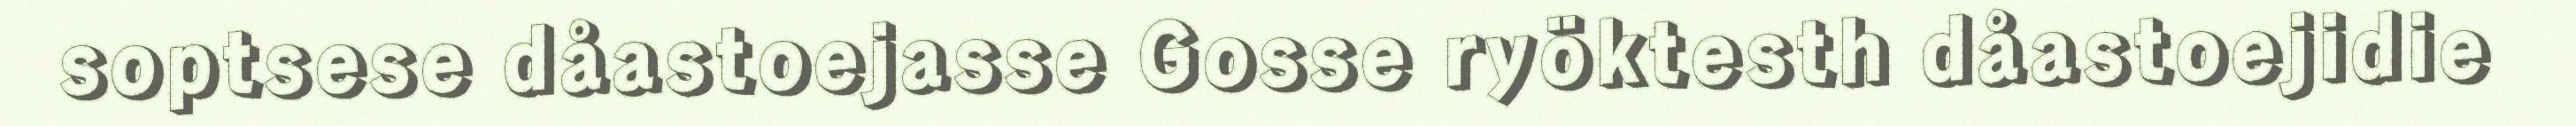
soptsese dåastoejasse Gosse ryöktesth dåastoejidie